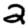
Digit: 2